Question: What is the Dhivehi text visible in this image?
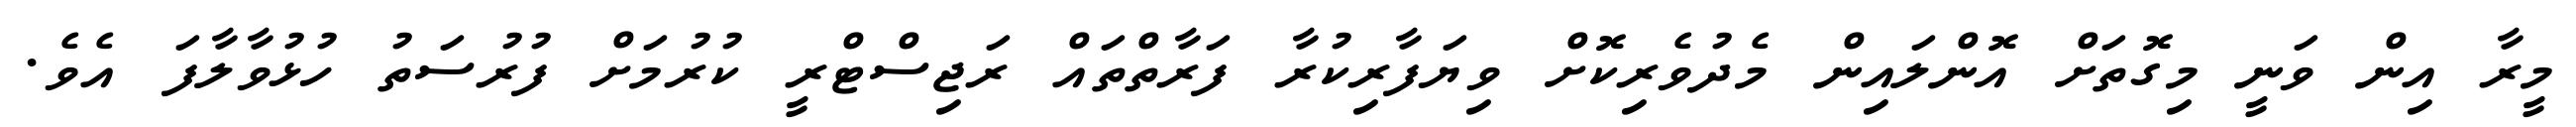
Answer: މީރާ އިން ވަނީ މިގޮތަށް އޮންލައިން މެދުވެރިކޮށް ވިޔަފާރިކުރާ ފަރާތްތައް ރަޖިސްޓްރީ ކުރުމަށް ފުރުސަތު ހުޅުވާލާފަ އެވެ.